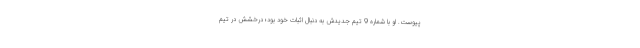
پیوست. او با شماره 9 تیم جدیدش به دنبال اثبات خود بود؛ درخشش در تیم